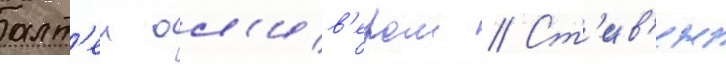
алт'еи ол'ив'ером // Ст'ив'ен